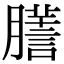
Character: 𦢃